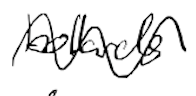
Text: bollards
Cross-out: wave
Writing tool: digital_black